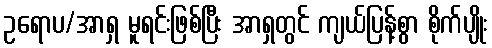
ဥရောပ/အာရှ မူရင်းဖြစ်ပြီး အာရှတွင် ကျယ်ပြန့်စွာ စိုက်ပျိုး